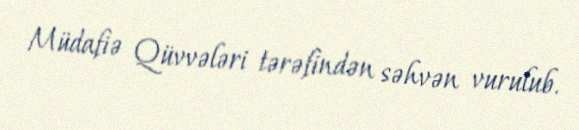
Müdafiə Qüvvələri tərəfindən səhvən vurulub.